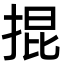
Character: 掍